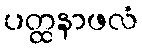
ပတ္ထနာဖလံ